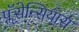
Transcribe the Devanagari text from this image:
प्लॅसेन्सियास